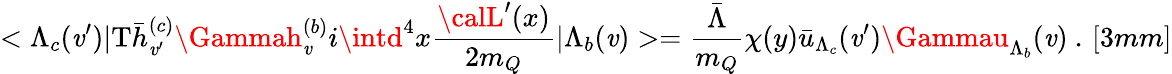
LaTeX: <\Lambda_{c}(\mathit{v}^{\prime})|\mathrm{{T}}\bar{{h}}_{\mathit{v}^{\prime}}^{(c)}\Gammah_{\mathit{v}}^{(b)}i\intd^{4}x\frac{{{\calL}^{\prime}(x)}}{{2m_{Q}}}|\Lambda_{b}(\mathit{v})>=\frac{{\bar{{\Lambda}}}}{{m_{Q}}}\chi(y)\bar{{u}}_{\Lambda_{c}}(\mathit{v}^{\prime})\Gammau_{\Lambda_{b}}(\mathit{v})~.\, [3mm]